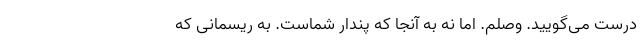
درست می‌گویید. وصلم. اما نه به آنجا که پندار شماست. به ریسمانی که